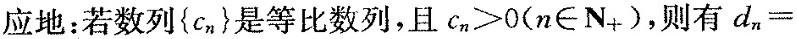
应地：若数列{cn}是等比数列，且cn>O(n∈N+)，则有dn=